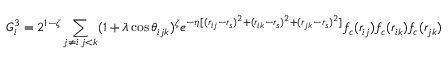
G _ { i } ^ { 3 } = 2 ^ { 1 - \zeta } \sum _ { \substack { j \neq i \, j < k } } ( 1 + \lambda \cos \theta _ { i j k } ) ^ { \zeta } e ^ { - \eta [ ( r _ { i j } - r _ { s } ) ^ { 2 } + ( r _ { i k } - r _ { s } ) ^ { 2 } + ( r _ { j k } - r _ { s } ) ^ { 2 } ] } f _ { c } ( r _ { i j } ) f _ { c } ( r _ { i k } ) f _ { c } ( r _ { j k } )